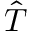
\Hat { T }